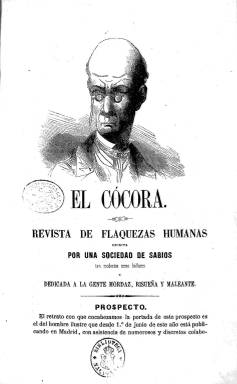
Título: El Cócora (Madrid)
Colección: Revistas satíricas y humorísticas
Ámbito geográfico: Madrid
Lugar de publicación: Madrid
Fechas: 01/01/1860-23/12/1860

El original consta de las páginas interiores de los 47 números de El Cócora (falta el n. 9) encuadernados en un volumen, seguido de los pliegos que incluyen la portada de cada entrega y las páginas de la "sección anecdótica", la cual lleva una secuencia de paginación propia.

Se ha respetado esta estructura dejando todo el contenido en el archivo correspondiente al número 1, seguido de otros 47 archivos que solo incluyen los pliegos indicados.